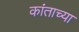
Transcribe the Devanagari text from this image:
कांताच्या